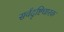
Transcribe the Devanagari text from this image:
सर्वदृष्टिधारक